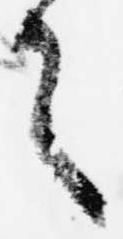
言